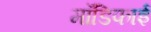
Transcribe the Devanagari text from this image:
मॉडिफाई